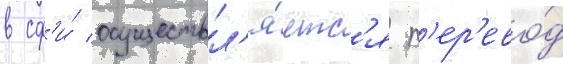
в сф'и́ осуществл'я́етс'я п'ер'ево́д